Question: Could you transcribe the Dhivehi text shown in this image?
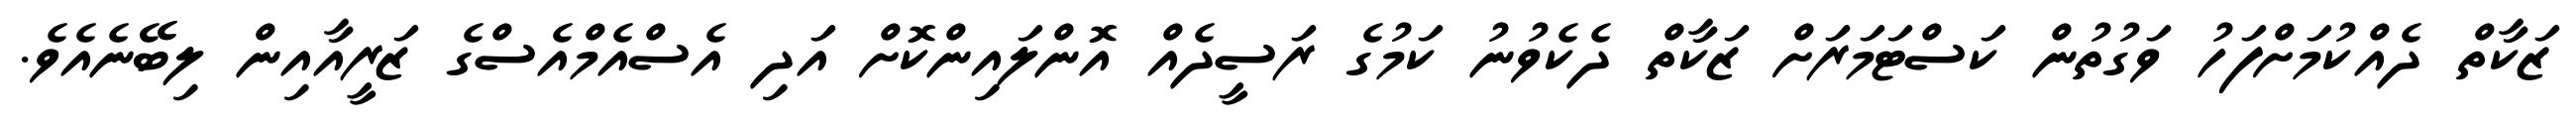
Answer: ޒަކާތް ދެއްކުމަށްފަހު ވަގުތުން ކަސްޓަމަރަށް ޒަކާތް ދެކެވުނު ކަމުގެ ރަސީދެއް އޮންލައިންކޮށް އަދި އެސްއެމްއެސްގެ ޒަރީއާއިން ލިބޭނެއެވެ.